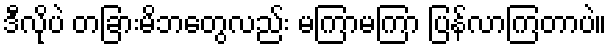
ဒီလိုပဲ တခြားမိဘတွေလည်း မကြာမကြာ ပြန်လာကြတာပဲ။